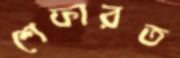
শেফারত